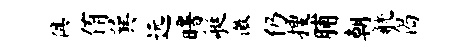
俱侑巽远曙艇徽仍搜脯朝觥偈